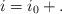
LaTeX: \begin{align*}i=i_0+.\end{align*}